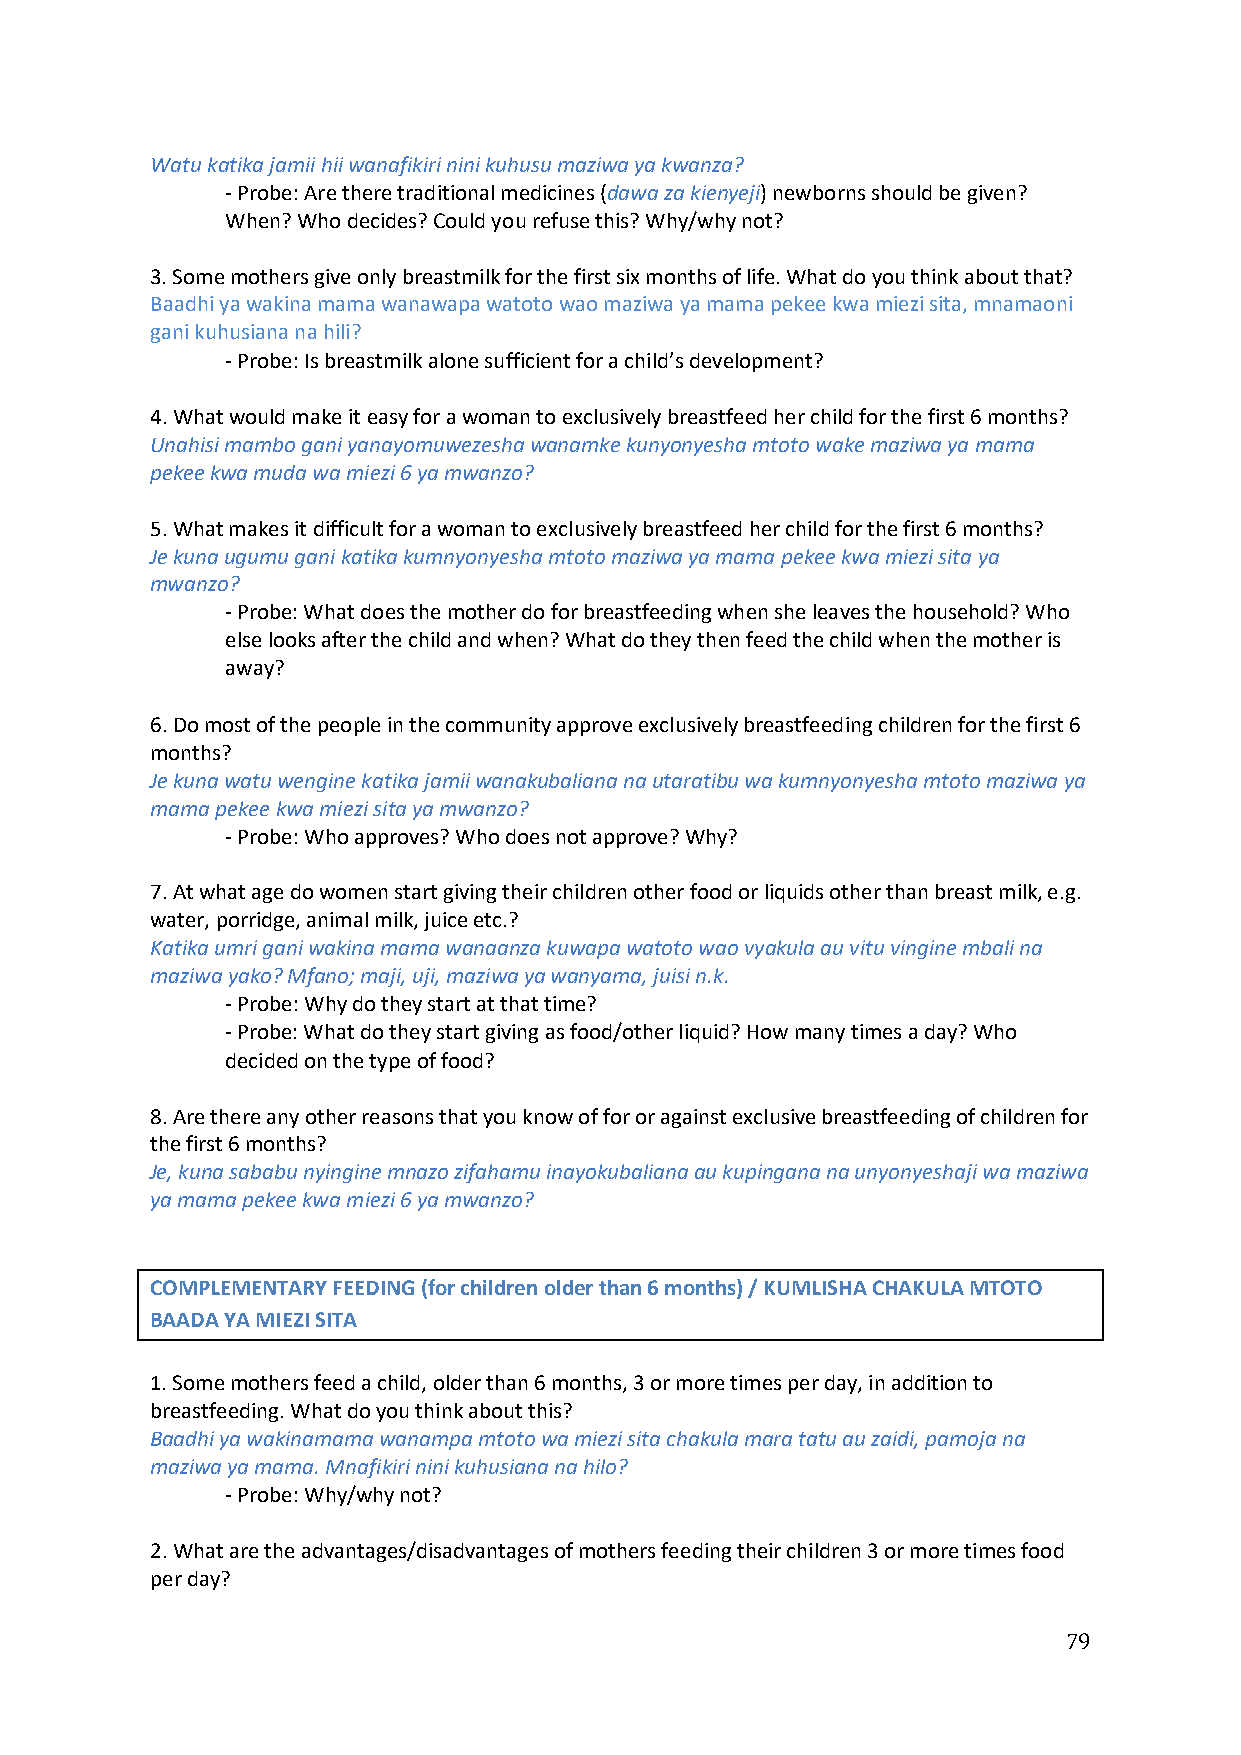
Watu katika jamii hii wanafikiri nini kuhusu maziwa ya kwanza?
 - Probe: Are there traditional medicines (dawa za kienyeji) newborns should be given?
 When? Who decides? Could you refuse this? Why/why not?
 3. Some mothers give only breastmilk for the first six months of life. What do you think about that?
 Baadhi ya wakina mama wanawapa watoto wao maziwa ya mama pekee kwa miezi sita, mnamaoni
 gani kuhusiana na hili?
 - Probe: Is breastmilk alone sufficient for a child’s development?
 4. What would make it easy for a woman to exclusively breastfeed her child for the first 6 months?
 Unahisi mambo gani yanayomuwezesha wanamke kunyonyesha mtoto wake maziwa ya mama
 pekee kwa muda wa miezi 6 ya mwanzo?
 5. What makes it difficult for a woman to exclusively breastfeed her child for the first 6 months?
 Je kuna ugumu gani katika kumnyonyesha mtoto maziwa ya mama pekee kwa miezi sita ya
 mwanzo?
 - Probe: What does the mother do for breastfeeding when she leaves the household? Who
 else looks after the child and when? What do they then feed the child when the mother is
 away?
 6. Do most of the people in the community approve exclusively breastfeeding children for the first 6
 months?
 Je kuna watu wengine katika jamii wanakubaliana na utaratibu wa kumnyonyesha mtoto maziwa ya
 mama pekee kwa miezi sita ya mwanzo?
 - Probe: Who approves? Who does not approve? Why?
 7. At what age do women start giving their children other food or liquids other than breast milk, e.g.
 water, porridge, animal milk, juice etc.?
 Katika umri gani wakina mama wanaanza kuwapa watoto wao vyakula au vitu vingine mbali na
 maziwa yako? Mfano; maji, uji, maziwa ya wanyama, juisi n.k.
 - Probe: Why do they start at that time?
 - Probe: What do they start giving as food/other liquid? How many times a day? Who
 decided on the type of food?
 8. Are there any other reasons that you know of for or against exclusive breastfeeding of children for
 the first 6 months?
 Je, kuna sababu nyingine mnazo zifahamu inayokubaliana au kupingana na unyonyeshaji wa maziwa
 ya mama pekee kwa miezi 6 ya mwanzo?
 COMPLEMENTARY FEEDING (for children older than 6 months) / KUMLISHA CHAKULA MTOTO
 BAADA YA MIEZI SITA
 1. Some mothers feed a child, older than 6 months, 3 or more times per day, in addition to
 breastfeeding. What do you think about this?
 Baadhi ya wakinamama wanampa mtoto wa miezi sita chakula mara tatu au zaidi, pamoja na
 maziwa ya mama. Mnafikiri nini kuhusiana na hilo?
 - Probe: Why/why not?
 2. What are the advantages/disadvantages of mothers feeding their children 3 or more times food
 per day?
 79